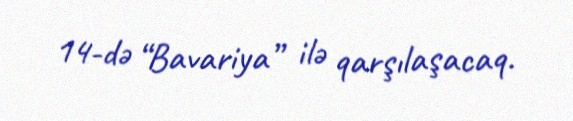
14-də “Bavariya” ilə qarşılaşacaq.